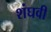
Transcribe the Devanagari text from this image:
शंघवी